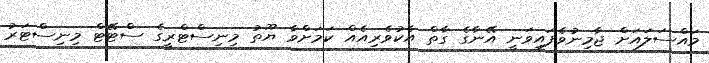
މައްސަލައަށް ޖާމިނުވެފައިވަނީ އޭނާގެ ގާތް އެކުވެރިއެއް ކަމަށްވާ ޔޫތު މިނިސްޓްރީގެ ސްޓޭޓް މިނިސްޓަރު